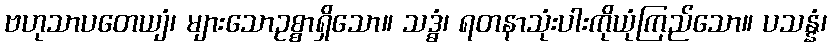
ဗဟုသာပတေယျံ၊ များသောဥစ္စာရှိသော။ သဒ္ဓံ၊ ရတနာသုံးပါးကိုယုံကြည်သော။ ပသန္နံ၊